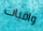
واقيات